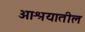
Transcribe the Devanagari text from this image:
आश्रयातील